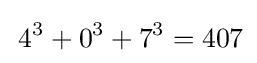
\,4^{3}+0^{3}+7^{3}=407